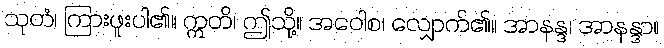
သုတံ၊ ကြားဖူးပါ၏။ ဣတိ၊ ဤသို့။ အဝေါစ၊ လျှောက်၏။ အာနန္ဒ၊ အာနန္ဒာ။